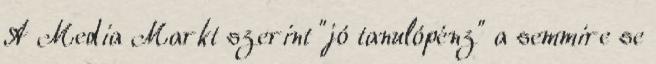
A Media Markt szerint "jó tanulópénz" a semmire se